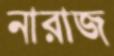
নারাজ